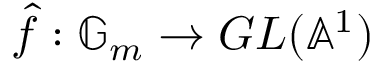
{ \hat { f } } : \mathbb { G } _ { m } \to G L ( \mathbb { A } ^ { 1 } )